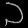
Digit: ၁